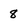
Character: 8